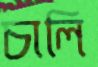
চালি